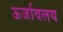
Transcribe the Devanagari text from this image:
ऊर्जावलय